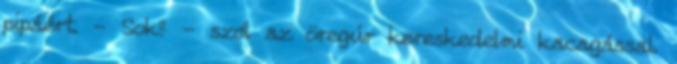
pipáért. - Sok? - szól az öregúr kereskedelmi kacagással.